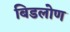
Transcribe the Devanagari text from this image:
बिडलोण